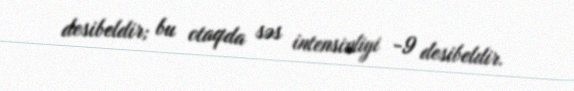
desibeldir; bu otaqda səs intensivliyi -9 desibeldir.